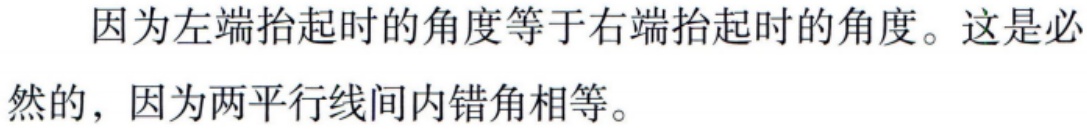
因为左端抬起时的角度等于右端抬起时的角度。这是必然的，因为两平行线间内错角相等。